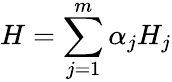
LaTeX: H=\sum_{j=1}^{m}\alpha_{j}H_{j}